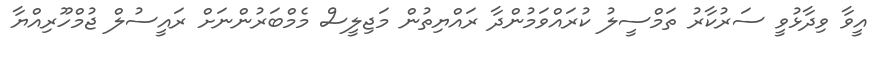
އީވާ ވިދާޅުވީ ސަރުކާރު ތަމްސީލު ކުރައްވަމުންދާ ރައްޔިތުން މަޖިލީސް މެމްބަރުންނަށް ރައީސުލް ޖުމްހޫރިއްޔާ